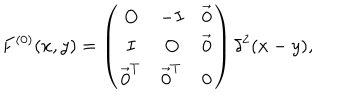
LaTeX: F ^ { ( 0 ) } ( x , y ) = \left( \begin{array} { c c c } { { O } } & { { - I } } & { { \vec { 0 } } } \\ { { I } } & { { O } } & { { \vec { 0 } } } \\ { { \vec { 0 } ^ { T } } } & { { \vec { 0 } ^ { T } } } & { { 0 } } \\ \end{array} \right) \delta ^ { 2 } ( x - y ) ,